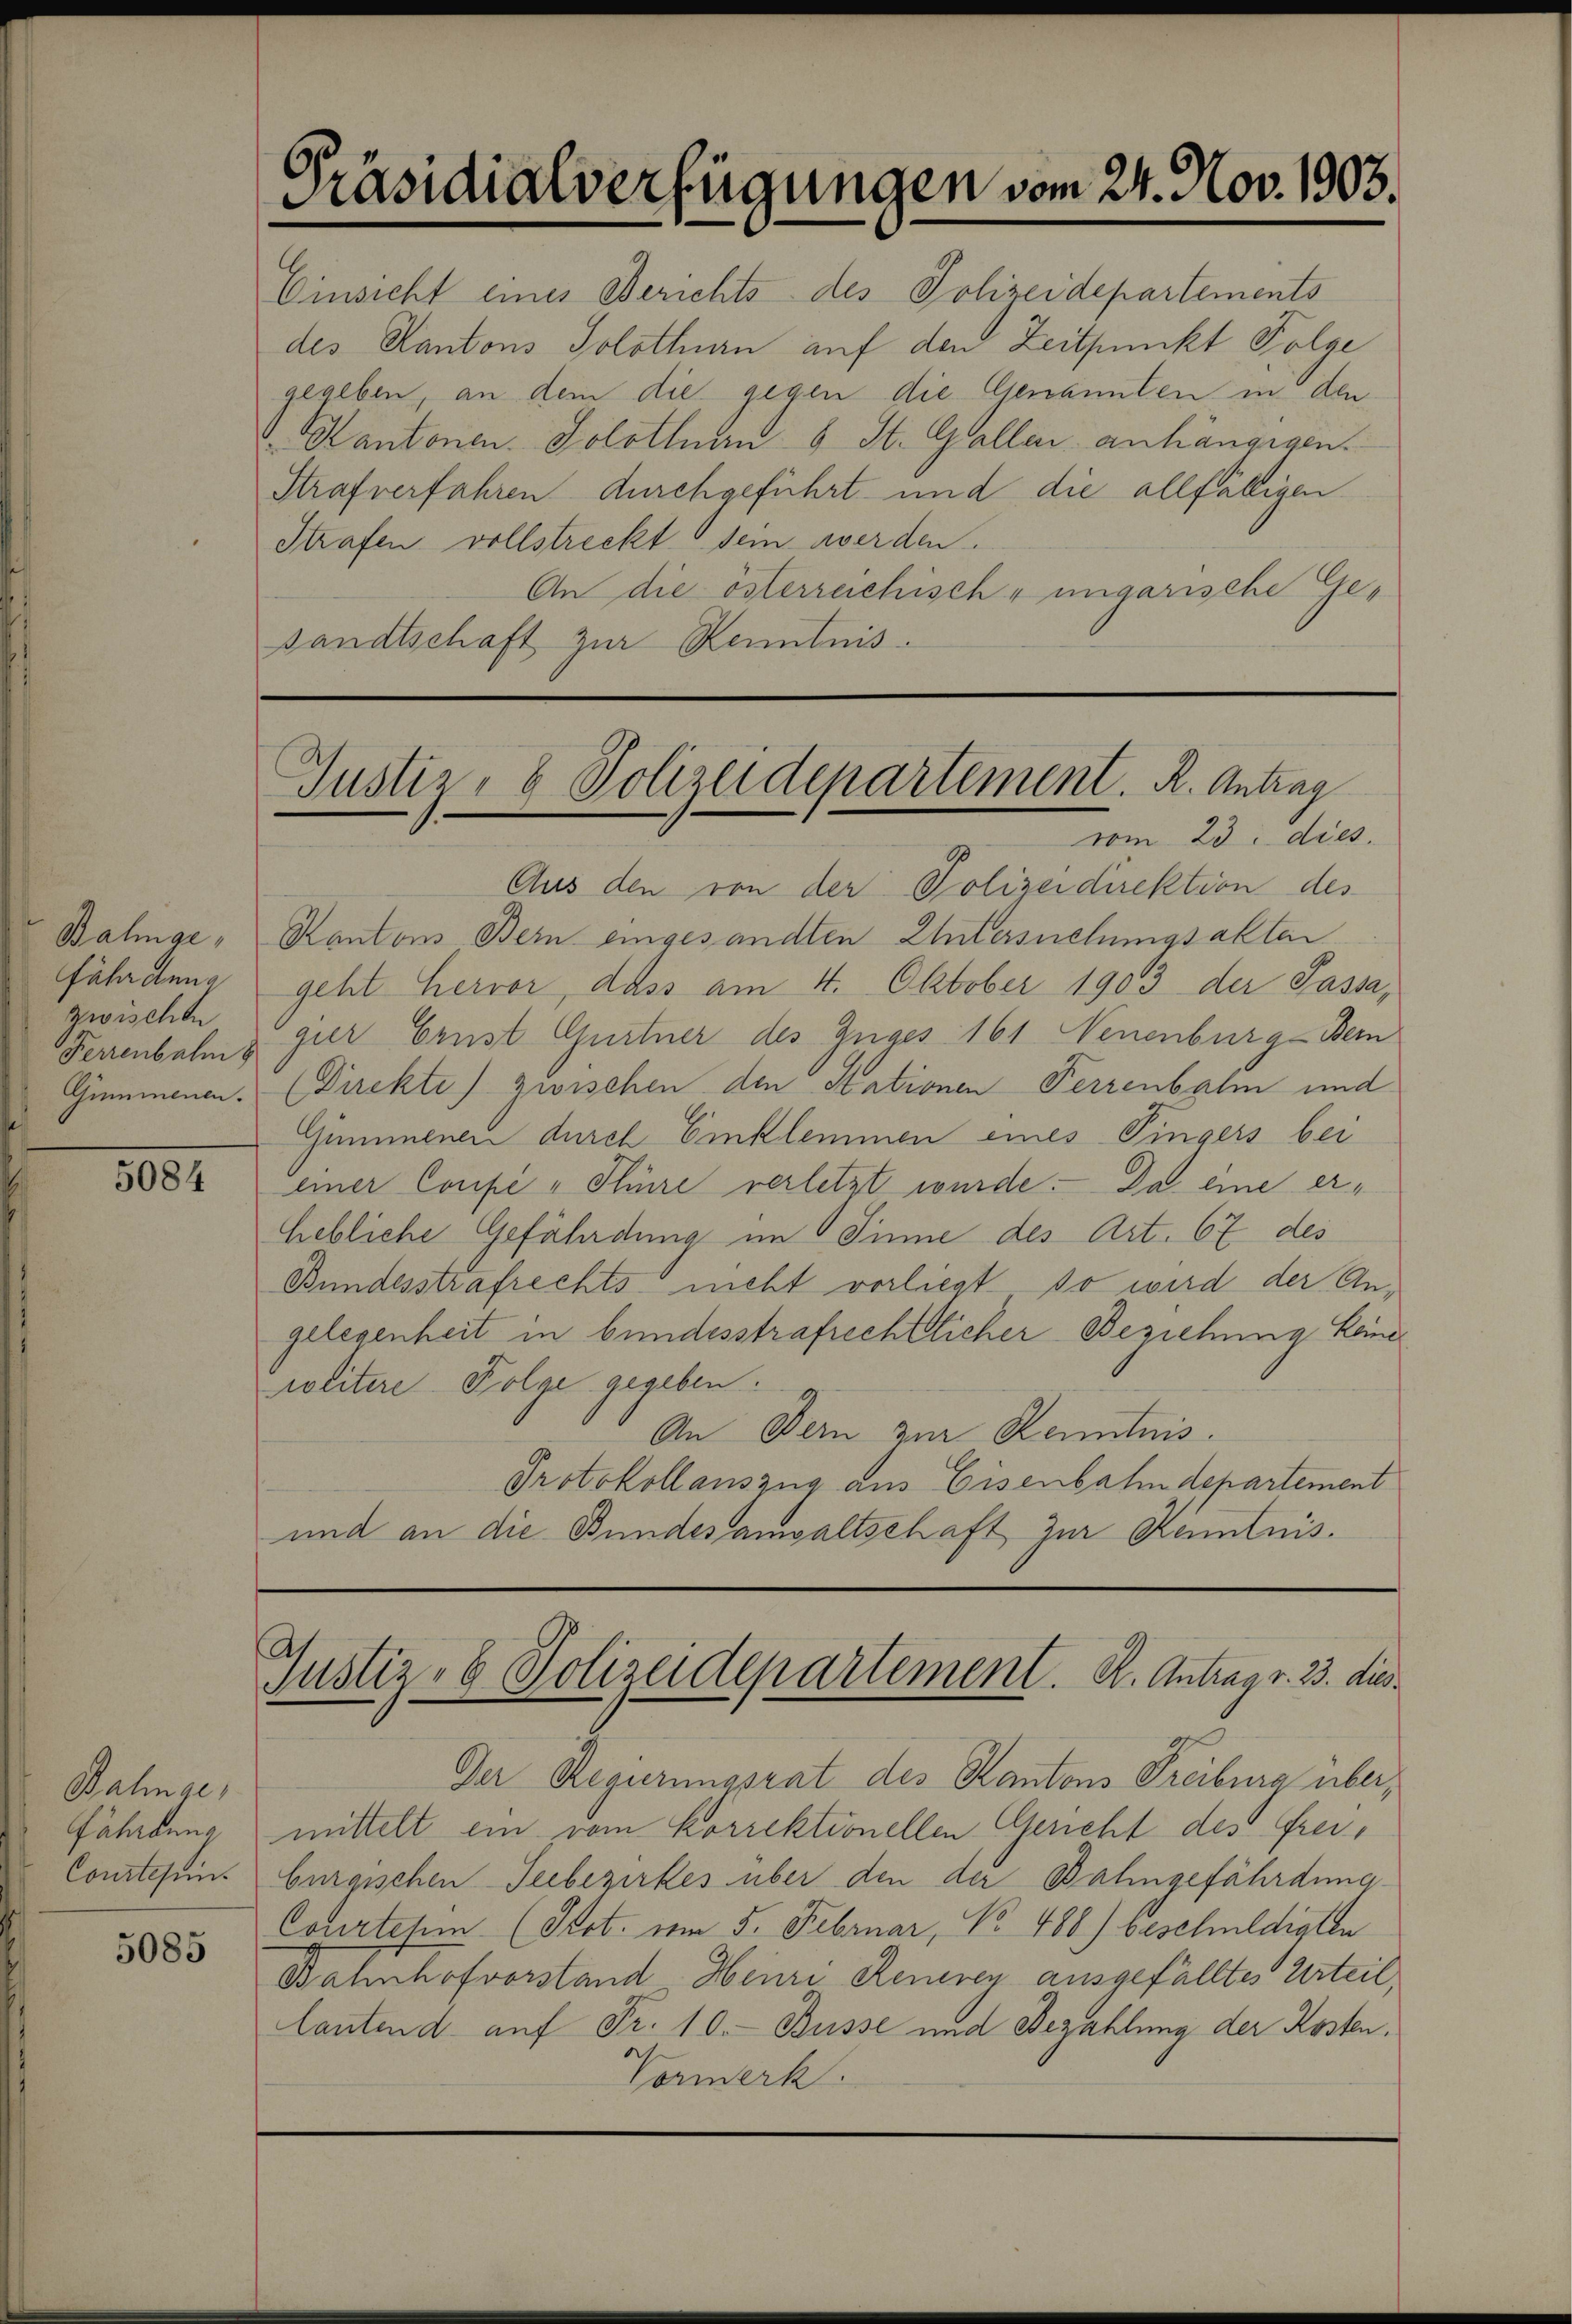
Balinge,
Fähranna
zwischen
Ferrenbahn
Gummenen.

5084

Einsicht eines Berichts des Polizeidepartements
des Kantons Solothurn auf den Zeitpunkt Folge
gegeben, an dem die gegen die Genannten in den
v. Kantonen. Solothum 6 St. Gallen anhängigen.
Strafverfahren durchgeführt und die allfälligen
Strafen vollstreckt sein werden.
An die österreichisch - ungarische Gesandtschaft zur Kenntnis.

Bahnge,
fährdung
Conclusum.

5085

Präsidialverfügungen vom 24. Nov. 1903.

Justiz- & Polizeidepartement. R. Antrag
vom 23. dies

Aus den von der Polizeidirektion des
Kantons Bern eingesandten Untersuchungsakten
geht hervor, dass am 4. Oktober 1903 der Passa,
gier Ernst Gurtner des Zuges 161. Neuenburg - Bern
(Direkte) zwischen den Stationen Ferrenbalm und
Gummenen durch Einklemmen eines Pingers bei
einer Coupe "Thüre verletzt wurde. Da eine erhebliche Gefährdung im Sinne des Art. 67 des
Bundesstrafrechts nicht vorliegt so wird der Angelegenheit in bundesstrafrechtlicher Beziehung keine
politere Folge gegeben.
An Bern zur Kenntnis.
Protokollauszug aus Eisenbahndepartement
und an die Bundesanwaltschaft zur Kenntnis¬

Justiz- & Polizeidepartement. K. Antrag v. 23. dies

Der Regierungsrat des Kantons Freiburg über,
mittelt ein vom Korrektionellen Gericht des Freiburgischen Seebezirkes über den der Bahngefährdung
Courtetem (Prot. vom 5. Februar, No. 486) beschuldigten
Bahnhofvorstand Heinri Reueren ausgefälltes Urteil,
lautend auf Fr. 10. Büsse und Bezahlung der Kosten.
a
Vormerk.